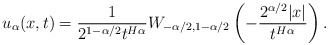
\begin{align*}u_{\alpha}(x,t)=\frac{1}{2^{1-\alpha/2}t^{H\alpha}}W_{-\alpha/2, 1-\alpha/2}\left(-\frac{2^{\alpha/2}|x|}{t^{H\alpha}}\right).\end{align*}